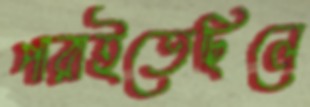
পারাইতেছিলে